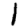
Digit: 1